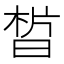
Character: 𣇮